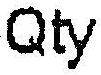
QTY